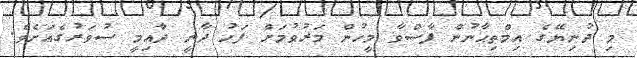
މި ދުނިޔޭގެ އިމްތިޙާނުން ފާސްވާ މީހުން މަރުވުމަށް ފަހު ދާނީ ދާއިމީ ސުވަރުގެއަށެވެ.